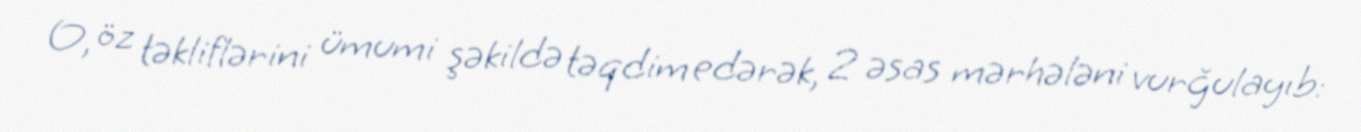
O, öz təkliflərini ümumi şəkildə təqdim edərək, 2 əsas mərhələni vurğulayıb: